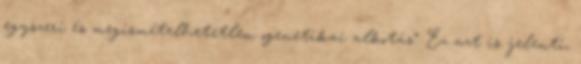
egyszeri és megismételhetetlen „genetikai alkotás”. Ez azt is jelenti,